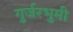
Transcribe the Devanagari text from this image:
गुर्जरभुमी